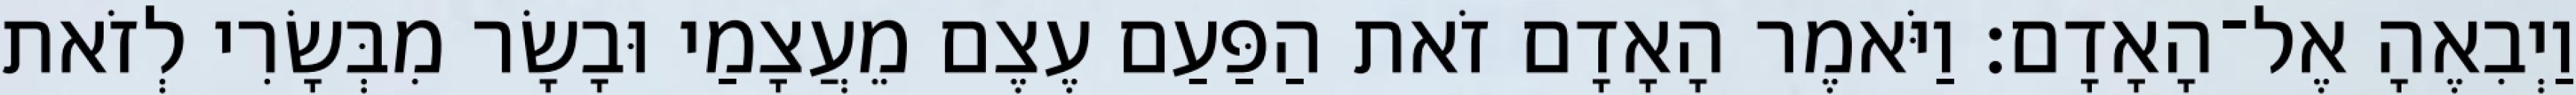
וַיְבִאֶהָ אֶל־הָאָדָם׃ וַיֹּאמֶר הָאָדָם זֹאת הַפַּעַם עֶצֶם מֵעֲצָמַי וּבָשָׂר מִבְּשָׂרִי לְזֹאת